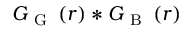
G _ { \mathrm { ~ G ~ } } \left( r \right) * G _ { \mathrm { ~ B ~ } } \left( r \right)